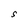
Character: S